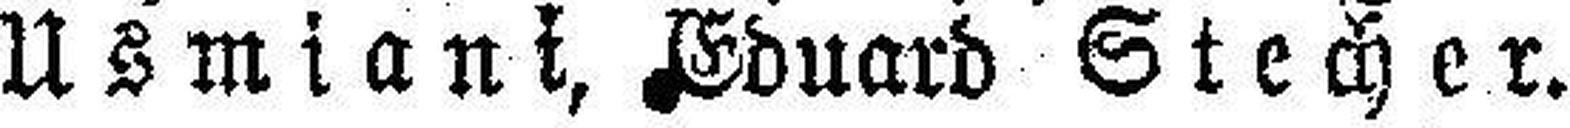
Usmiani, Eduard Stecher.